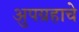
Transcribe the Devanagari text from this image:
अुपग्रहाचे